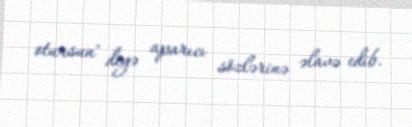
otursun" deyə aparıcı sözlərinə əlavə edib.